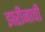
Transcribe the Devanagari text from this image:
झरीनाची